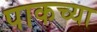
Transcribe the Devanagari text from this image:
पाकच्या